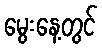
မွေးနေ့တွင်